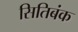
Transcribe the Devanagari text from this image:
सितिबंक